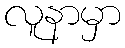
လူနာမှာ